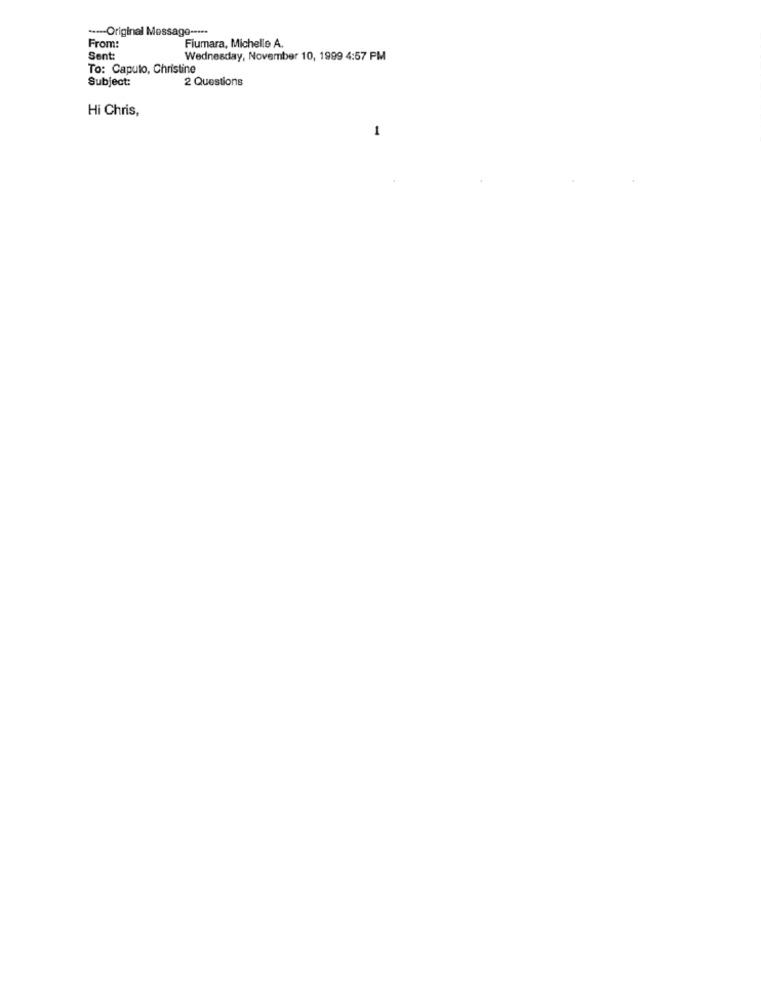
---- Original Message -****
Fiumara, Michelle A.
From:
Sent:
Wednesday, November 10, 1999 4:57 PM
To: Caputo, Christine
Subject:
2 Questions
Hi Chris,
1